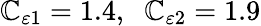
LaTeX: \mathbb{C}_{\varepsilon1}=1.4,\; \; \mathbb{C}_{\varepsilon2}=1.9